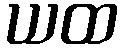
ယထ